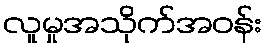
လူမှုအသိုက်အဝန်း